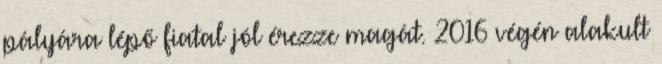
pályára lépő fiatal jól érezze magát. 2016 végén alakult